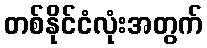
တစ်နိုင်ငံလုံးအတွက်